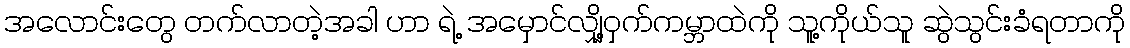
အလောင်းတွေ တက်လာတဲ့အခါ ဟာ ရဲ့ အမှောင်လျှို့ဝှက်ကမ္ဘာထဲကို သူ့ကိုယ်သူ ဆွဲသွင်းခံရတာကို